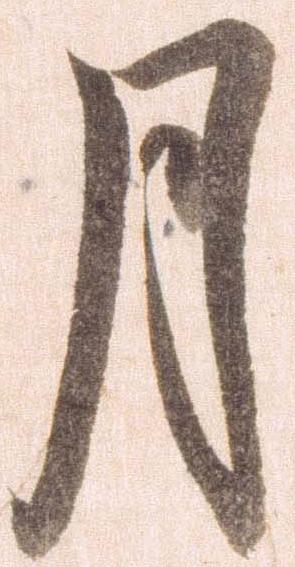
月